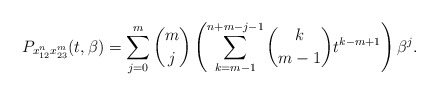
\begin{gather*}P_{x_{12}^{n} x_{23}^m}(t,\beta)= \sum_{j=0}^{m} {m \choose j} \left(\sum_{k=m-1}^{n+m-j-1} {k \choose m-1} t^{k-m+1} \right) \beta^j.\end{gather*}